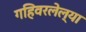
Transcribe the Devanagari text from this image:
गहिवरलेल्या